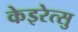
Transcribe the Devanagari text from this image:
केइरेत्सु